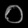
Digit: ၀